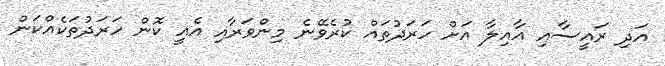
އަދި ރައީސާއި އާއިލާ އަށް ހަރަދުތައް ކުރެވޭނެ މިންވަރާއި އެއީ ކޮން ހަރަދުތަކެއްކަން